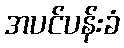
အပင်ပန်းခံ